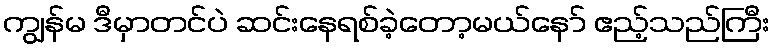
ကျွန်မ ဒီမှာတင်ပဲ ဆင်းနေရစ်ခဲ့တော့မယ်နော် ဧည့်သည်ကြီး